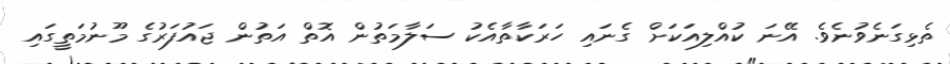
ތެޅިގަނެވުނެވެ. އޭނަ ކުއްލިއަކަށް ގެނައި ހަރަކާތާއެކު ސަލާމަތުން އޮތް އަތުން ޖައުފަރުގެ މޫނުމަތީގައި